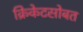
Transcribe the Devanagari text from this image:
क्रिकेटसोबत